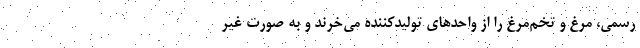
رسمی، مرغ و تخم‌مرغ را از واحدهای تولیدکننده می‌خرند و به صورت غیر